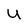
Character: u